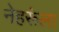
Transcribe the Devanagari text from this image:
नेहरूंला